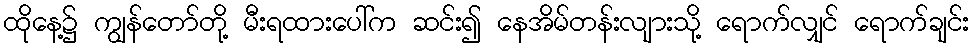
ထိုနေ့၌ ကျွန်တော်တို့ မီးရထားပေါ်က ဆင်း၍ နေအိမ်တန်းလျားသို့ ရောက်လျှင် ရောက်ချင်း